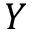
Y